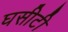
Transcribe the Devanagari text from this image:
घसीटी